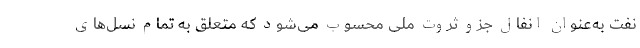
نفت به‌عنوان انفال جزو ثروت ملی محسوب می‌شود که متعلق به تمام نسل‌های